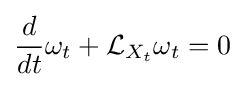
{\frac {d}{dt}}\omega _{t}+{\mathcal {L}}_{X_{t}}\omega _{t}=0